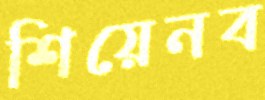
শিয়েনব